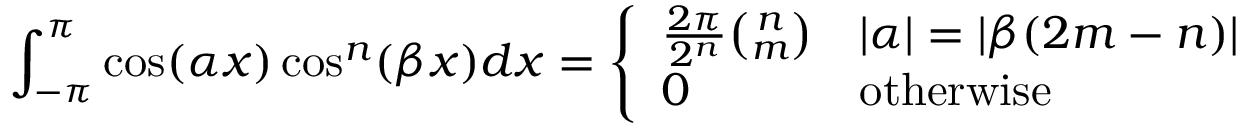
\int _ { - \pi } ^ { \pi } \cos ( \alpha x ) \cos ^ { n } ( \beta x ) d x = { \left\{ \begin{array} { l l } { { \frac { 2 \pi } { 2 ^ { n } } } { \binom { n } { m } } } & { | \alpha | = | \beta ( 2 m - n ) | } \\ { 0 } & { { \mathrm { o t h e r w i s e } } } \end{array} \right. }